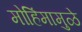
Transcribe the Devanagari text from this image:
मोहिंमामुळे